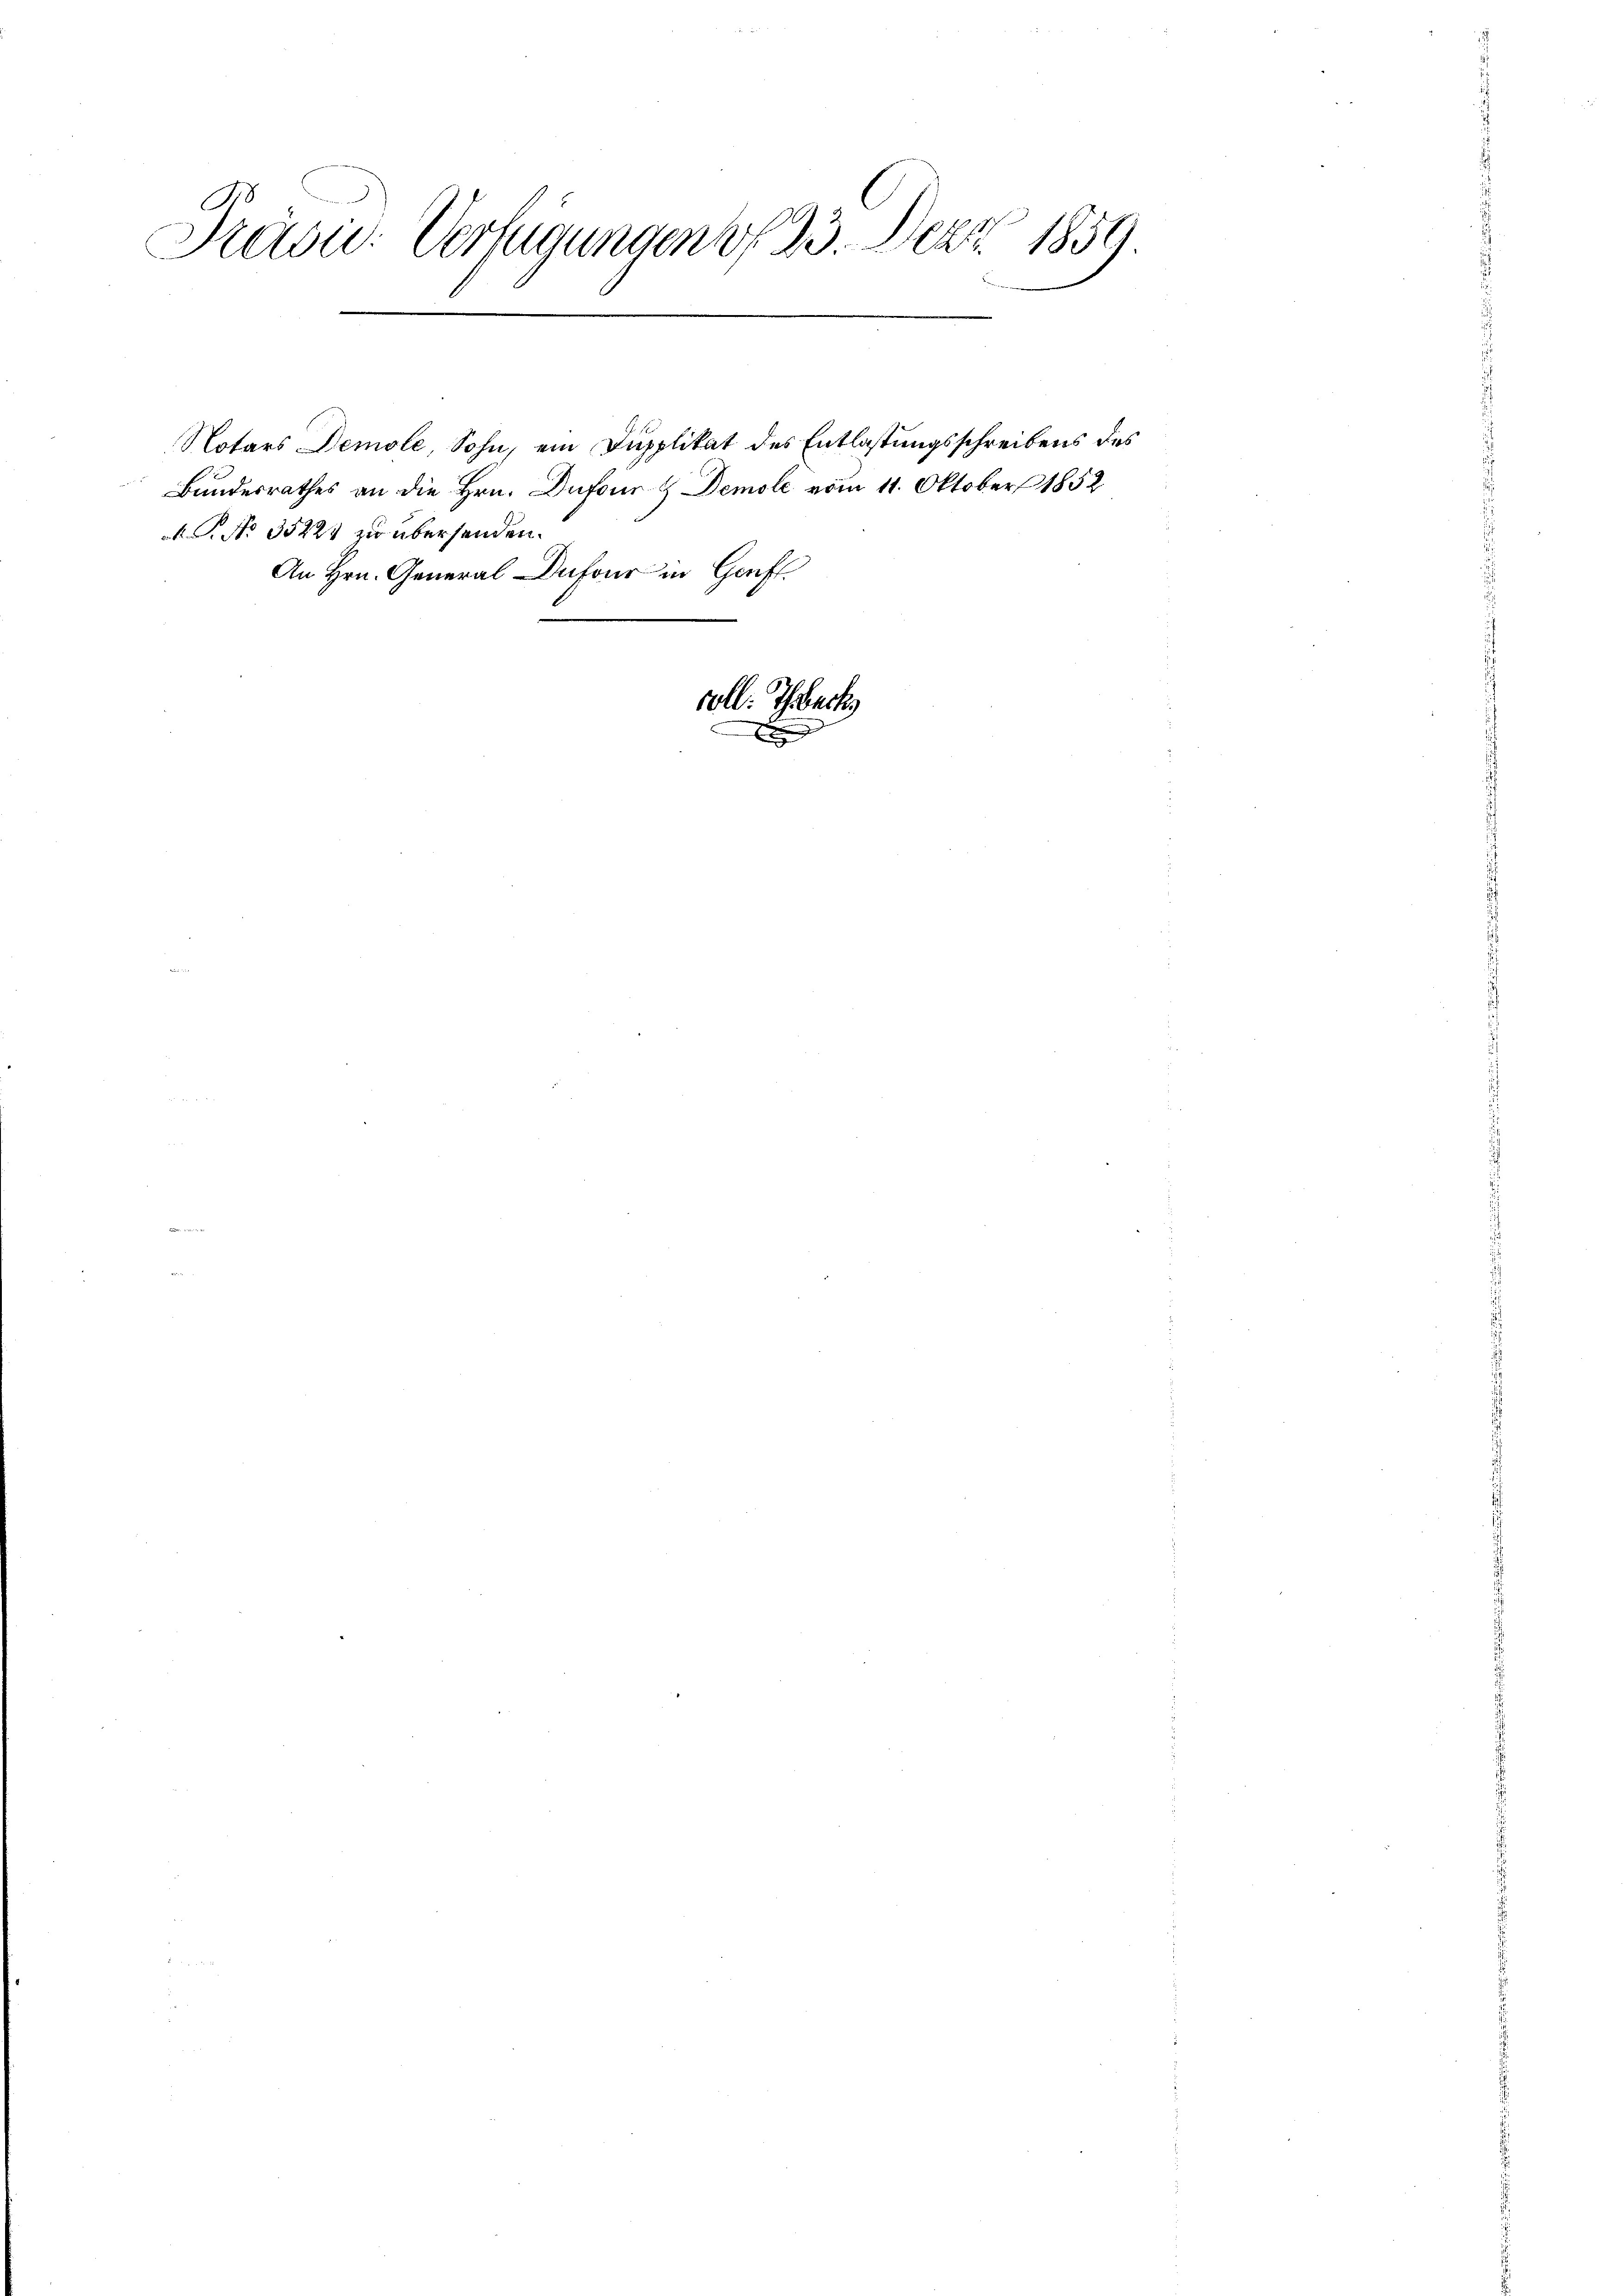
A
Kasi: Verfügungen v. 23. Dez. 1859.

Notars Demole, Sohn, ein Dupplikat des Entlastungsschreibens des
Bundesrathes an die Hrn. Dufour. Demole vom 11. Oktober 1852
.P. No 35223 zu übersenden.
An Hrn. General Dufour in Genf.
e

voll. Thbeck
xx